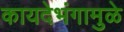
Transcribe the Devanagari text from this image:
कायदेभंगामुळे